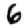
Digit: 6